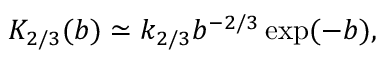
K _ { 2 / 3 } ( b ) \simeq k _ { 2 / 3 } b ^ { - 2 / 3 } \exp ( - b ) ,